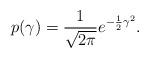
LaTeX: \begin{align*}p(\gamma)=\frac{1}{\sqrt{2\pi}}e^{-\frac{1}{2}\gamma^2}.\end{align*}